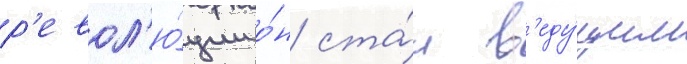
р'евол'ю́ции о́н ста́л в'еду́щим